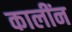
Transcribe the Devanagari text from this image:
कालींन